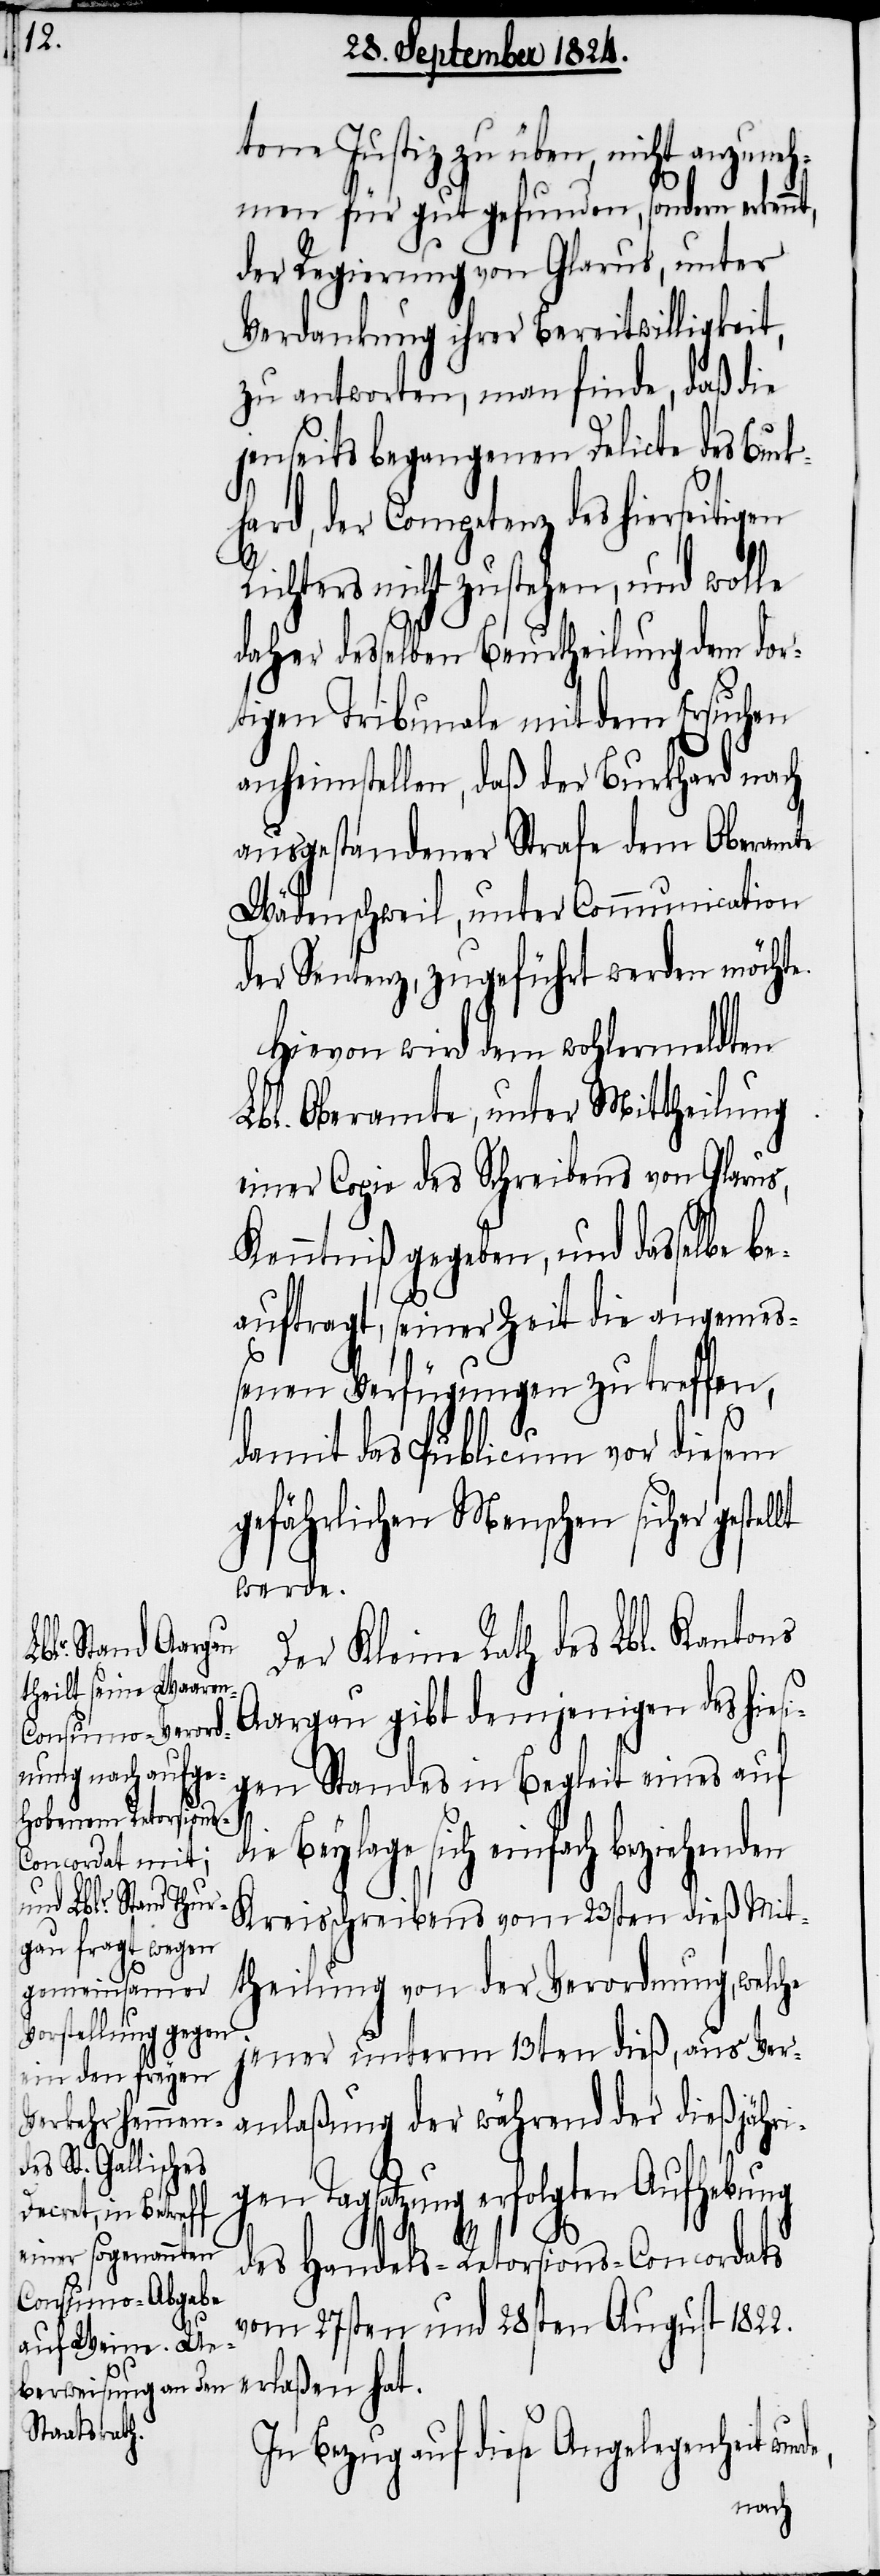
tone Justiz zu üben, nicht anzuneh¬
men für gut gefunden, sondern erken¬
der Regierung von Glarus, unter
Verdankung ihrer Bereitwilligkeit,
zu antworten, man finde, daß die
jenseits begangenen Delicte des Bur¬
hard, der Competenz des hierseitigen
Richters nicht zustehen, und wolle
daher desselben Beurtheilung dem dor¬
tigen Tribunale mit dem Ersuchen
anheimstellen, daß der Burkhard nach
ausgestandener Strafe dem Oberamte
Wädenschweil, unter Communication
der Sentenz, zugeführt werden möchte.
Hievon wird dem wohlermeldten
Lbl. Oberamte, unter Mittheilung
einer Copie des Schreibens von Glarus,
Kenntniß gegeben, und dasselbe be¬
rde,
auftragt, seiner Zeit die angemeß¬
enen Verfügungen zu treffen,
damit das Publicum vor diesem
gefährlichen Menschen sicher geste¬
werde.
Der Kleine Rath des Lbl. Kantons
Aargau gibt demjenigen des hiesi¬
gen Standes in Begleit eines auf
e Beylage sich einfach beziehenden
Kreisschreibens vom 23sten dieß Mit¬
theilung von der Verordnung, welche
jener unterm 13ten dieß, aus Ver¬
anlaßung der während der dießjähri¬
Tagsatzung erfolgten Aufhebung
des Handels-Retorsions-Concordats
vom 27sten und 28sten August 1822.
In Bezug auf diese Angelegenheit wu¬